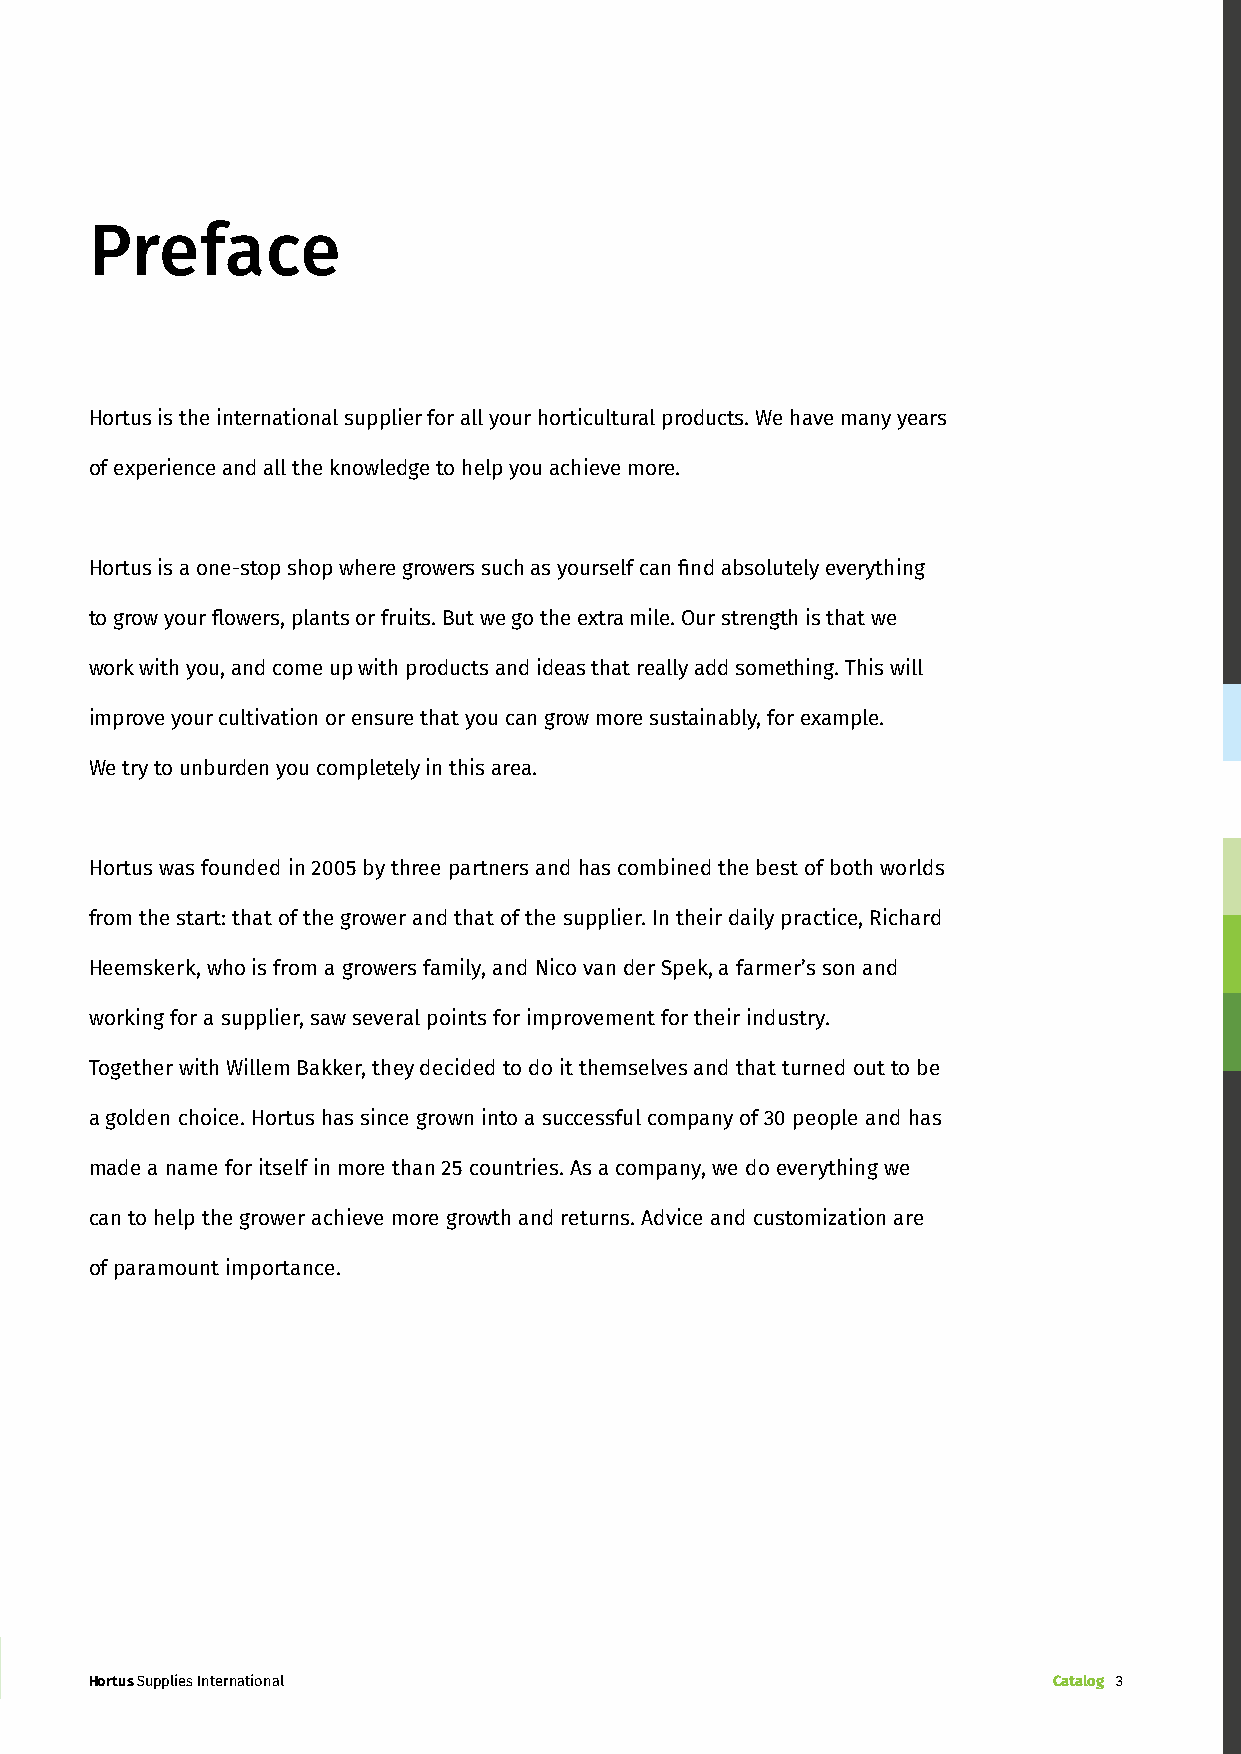
Preface
 Hortus is the international supplier for all your horticultural products. We have many years
 of experience and all the knowledge to help you achieve more.
 Hortus is a one-stop shop where growers such as yourself can find absolutely everything
 to grow your flowers, plants or fruits. But we go the extra mile. Our strength is that we
 work with you, and come up with products and ideas that really add something. This will
 improve your cultivation or ensure that you can grow more sustainably, for example.
 We try to unburden you completely in this area.
 Hortus was founded in 2005 by three partners and has combined the best of both worlds
 from the start: that of the grower and that of the supplier. In their daily practice, Richard
 Heemskerk, who is from a growers family, and Nico van der Spek, a farmer’s son and
 working for a supplier, saw several points for improvement for their industry.
 Together with Willem Bakker, they decided to do it themselves and that turned out to be
 a golden choice. Hortus has since grown into a successful company of 30 people and has
 made a name for itself in more than 25 countries. As a company, we do everything we
 can to help the grower achieve more growth and returns. Advice and customization are
 of paramount importance.
 ● N ico van der Spek en Richard Heemskerk
 Hortus Supplies International                                   Catalog 3